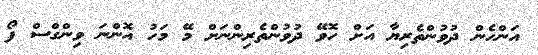
އަންހެން ދުވުންތެރިޔާ އަށް ހޮވޭ ދުވުންތެރިންނަށް މޭ މަހު އޮންނަ ވިންގްސް ފޯ